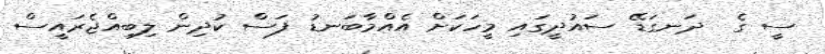
ސީ ގެ  ދަނގަޑޭ ސައުދީގައި މީހަކަށް އެއްމާބަނޑު ފަސް ކުދިން ލިބިއްޖެރައީސް